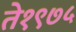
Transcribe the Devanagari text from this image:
ते१९७५